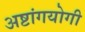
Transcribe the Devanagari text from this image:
अष्टांगयोगी